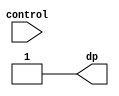
`timescale 1ns / 1ps
//////////////////////////////////////////////////////////////////////////////////////////
// Company: Digilent Inc.
// 
// Module Name:    decimal_select
// Project Name: 	 PmodGYRO_Demo
// Target Devices: Nexys3
// Tool versions:  ISE 14.1
// Description: Select decimal display data.
//
// Revision History: 
// 						Revision 0.01 - File Created (Andrew Skreen)
//							Revision 1.00 - Added Comments and Converted to Verilog (Josh Sackos)
//////////////////////////////////////////////////////////////////////////////////////////

// ==============================================================================
// 										  Define Module
// ==============================================================================
module decimal_select(
		control,
		dp
);

// ==============================================================================
// 									   Port Declarations
// ==============================================================================
			input [1:0] control;
			output      dp;
   
// ==============================================================================
// 									    Implementation
// ==============================================================================
  
			assign dp = (control == 2'b11) ? 1'b1 : 
							(control == 2'b10) ? 1'b1 : 
							(control == 2'b01) ? 1'b1 : 
							1'b1;
			
endmodule